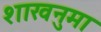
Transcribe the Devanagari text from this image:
शाखनुमा